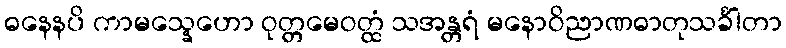
ဓနေနပိ ကာမသ္နေဟော ဝုတ္တမေဝတ္ထံ သအန္တရံ မနောဝိညာဏဓာတုသင်္ခါတာ